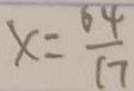
x = \frac { 6 4 } { 1 7 }